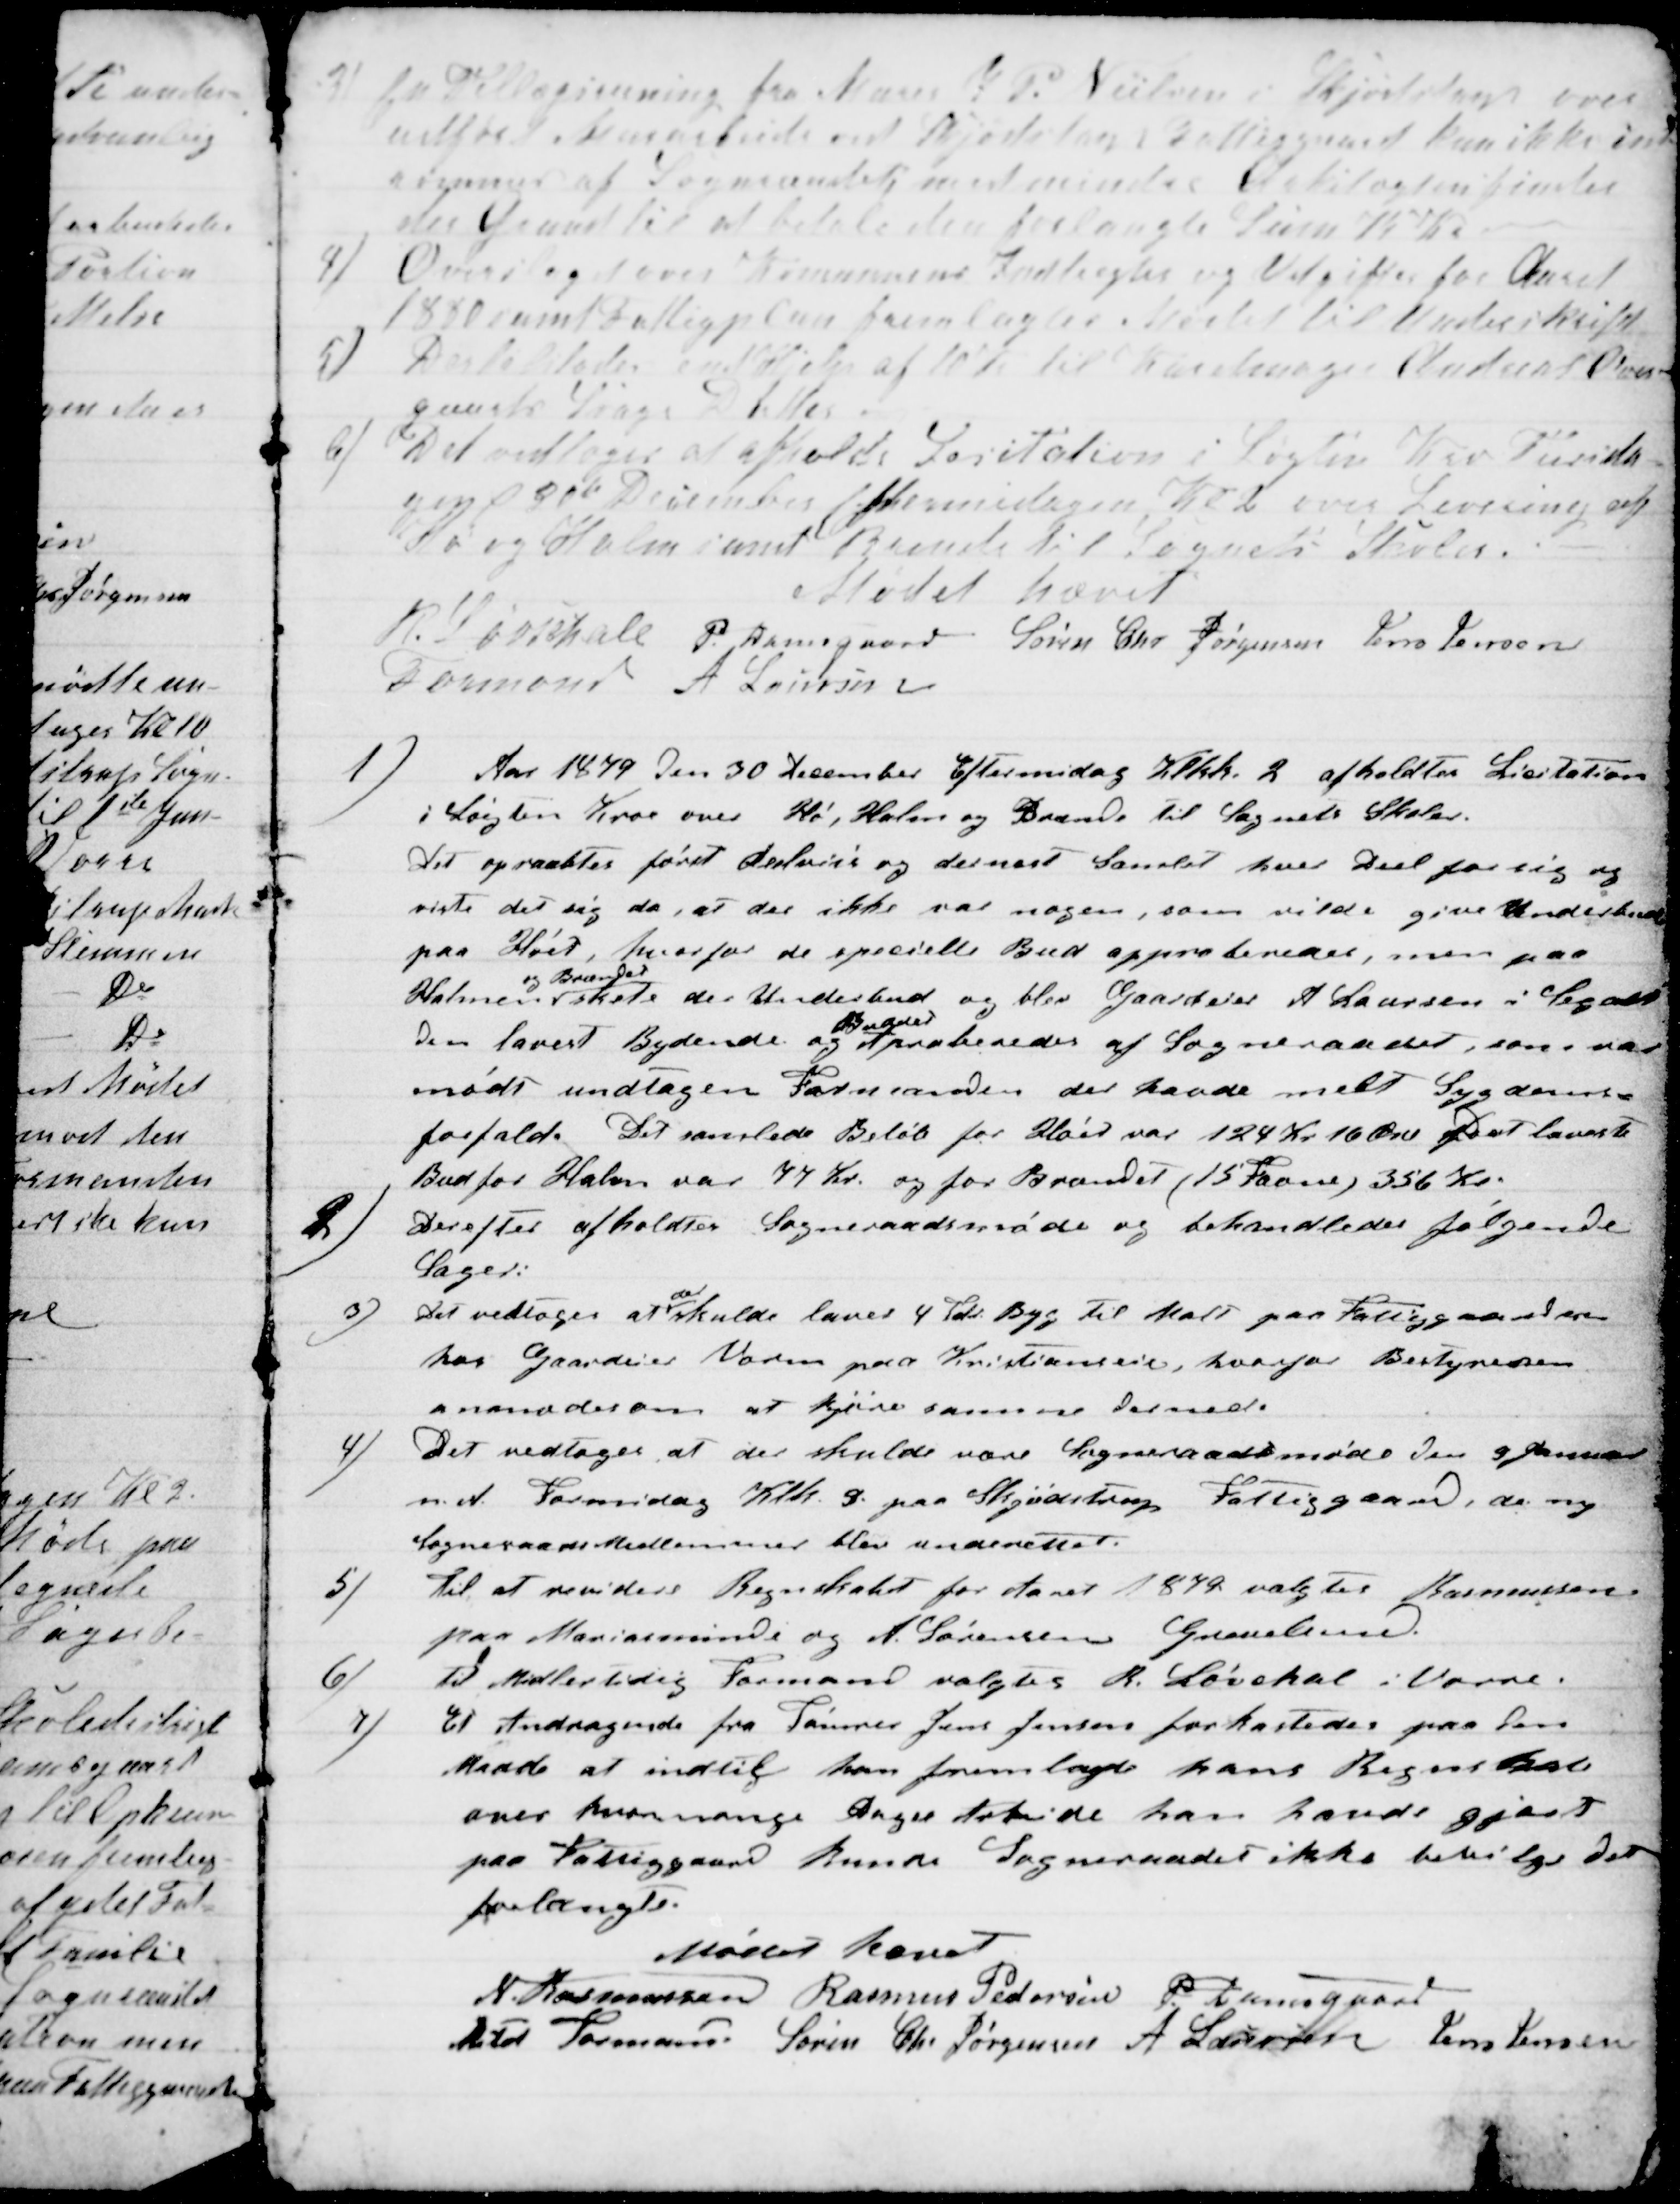
Transskription:
3)
En Tillægsreining fra Murer J. P. Nielsen i Skjødstrup over
udført Murerarbeide ved Skjødstrup Fattiggaard kan ikke ind-
rømmes af Sogneraadet med mindre  findes
der Grund til at betale den forlangte Sum 75 Kr.
4) Overslag over Kommunens Indtægter og Udgifter for Aaret
1880 samt Fattigplan fremlagdes Mødet til Underskrift
5) Der tillodes end Hjelp af 10 Kr til Karetmager Andreas Over-
gaards Svage Datter.
6) Det vedtoges afholde Licitation i Løgten Kro Tirsda-
gen d 30te December Eftermiddagen Kl 2 over Levering af
Hø og Halm samt Brænde til Sognets Skoler.
Mødet hævet
R. Løvschall 
Formand 
P. Damsgaard Søren Chr Jørgensen Jens Jensen
A. Laursen
1)
Aar 1879 den 30 December Eftermidag Klkk. 2 afholdtes Licitation
i Løgten Kroe over Hø, Halm og Brænde til Sognets Skoler.
Det opraabtes først delviis og dernæst Samlet hver Deel for sig og
viste det sig da, at der ikke var nogen, som vilde give Underbud
paa Høet, hvorfor de specielle Bud approberedes, men paa
Halmen
og Brændet
skete der Underbud og blev Gaardeier A Laursen i Segalt
den lavest Bydende og 
Buddet
Aproberedes af Sogneraadet, som var
mødt undtagen Formanden der havde melt Sygdoms-
forfald. Det samlede Beløb for Høet var 124 Kr 16 Øre Det laveste
Bud for Halm var 77 Kr. og for Brændet (15 Favne) 356 Kr.
2)
Derefter afholdtes Sogneraadsmøde og behandledes følgende
Sager:
3)
Det vedtoges at 
der
skulde laves 4 Tdr. Byg til Malt paa Fattiggaarden
hos Gaardeier Madsen paa Kristianseie, hvorfor Bestyreren
anmodes om at kjøre samme derned.
4)
Det vedtoges at der skulde være Sogneraadsmøde den 9 Januar
n. A. Formidag Klk. 9 paa Skjødstrup Fattiggaard, de ny
Sogneraads Medlemmer blev underrettet.
5)
Til at revidere Regnskabet for Aaret 1879 valgtes Rasmussen
paa Mariasminde og A. Sørensen Grevelund.
6)
til Midlertidig Formand valgtes R. Løvskal i Vorre.
7)
Et Andragende fra Tømrer Jens Jensen forkastedes paa den
Maade at indtil han fremlagde hans Regnskab
over hvormange Dages Arbeide han havde gjort
paa Fattiggaard kunde Sogneraadet ikke bevilge det
forlangte.
Mødet hævet
N. Rasmussen 
 Formand
Rasmus Pedersen P. Damsgaard
Søren Chr Jørgensen A Laursen Jens Jensen